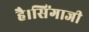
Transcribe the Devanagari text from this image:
है।सिंगाजी